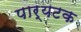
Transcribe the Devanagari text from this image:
पार्यटक